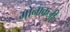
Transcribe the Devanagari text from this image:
मोनाकजी